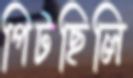
পিটছিলি